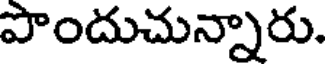
పొందుచున్నారు.